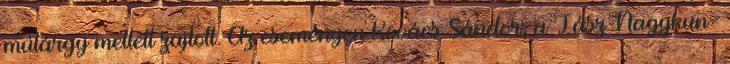
mûtárgy mellett zajlott. Az eseményen Kovács Sándor, a Jász-Nagykun-